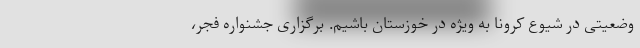
وضعیتی در شیوع کرونا به ویژه در خوزستان باشیم. برگزاری جشنواره فجر،